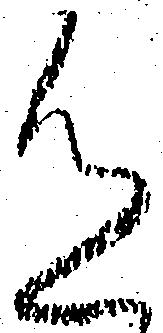
色